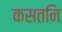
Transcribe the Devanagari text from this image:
कसतनि